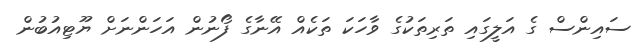
ސައިންސް ގެ އަލީގައި ތަރިތަކުގެ ވާހަކަ ތަކެއް އޭނާގެ ފޯނުން އަހަންނަށް ޔޫޓިއުބުން